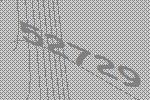
52729